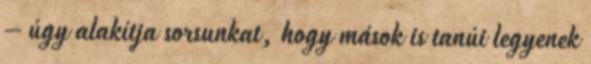
– úgy alakítja sorsunkat, hogy mások is tanúi legyenek